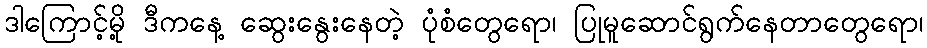
ဒါကြောင့်မို့ ဒီကနေ့ ဆွေးနွေးနေတဲ့ ပုံစံတွေရော၊ ပြုမူဆောင်ရွက်နေတာတွေရော၊